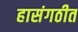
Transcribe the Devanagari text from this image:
हासंगठीत